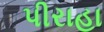
પીરાહા